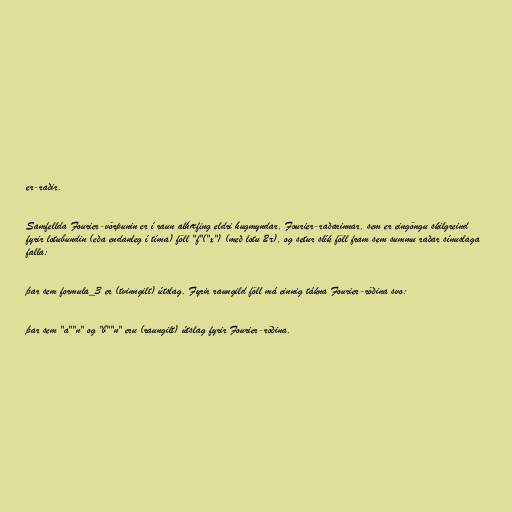
er-raðir.

Samfellda Fourier-vörpunin er í raun alhæfing eldri hugmyndar, Fourier-raðarinnar, sem er eingöngu skilgreind
fyrir lotubundin (eða endanleg í tíma) föll "f"("x") (með lotu 2π), og setur slík föll fram sem summu raðar sínuslaga
falla:

þar sem formula_3 er (tvinngilt) útslag. Fyrir raungild föll má einnig tákna Fourier-röðina svo:

þar sem "a""n" og "b""n" eru (raungilt) útslag fyrir Fourier-röðina.